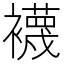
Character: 襪